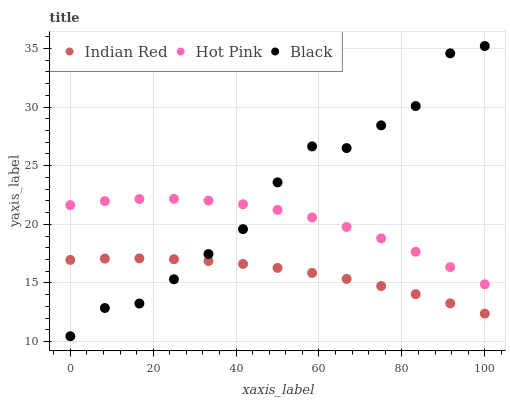
| xaxis_label | Indian Red | Hot Pink | Black |
 | --- | --- | --- | --- |
 | 0 | 17 | 21.6 | 10.5 |
 | 8.33 | 17.1 | 22 | 12.9 |
 | 16.7 | 17.1 | 22.2 | 13.2 |
 | 25 | 17 | 22.2 | 15.3 |
 | 33.3 | 16.9 | 22 | 17.5 |
 | 41.7 | 16.6 | 21.7 | 19.6 |
 | 50 | 16.3 | 21.2 | 23.6 |
 | 58.3 | 15.9 | 20.6 | 26.6 |
 | 66.7 | 15.3 | 19.8 | 26.5 |
 | 75 | 14.7 | 18.8 | 28.4 |
 | 83.3 | 14 | 17.7 | 30.1 |
 | 91.7 | 13.3 | 16.4 | 34.6 |
 | 100 | 12.4 | 14.9 | 35.2 |